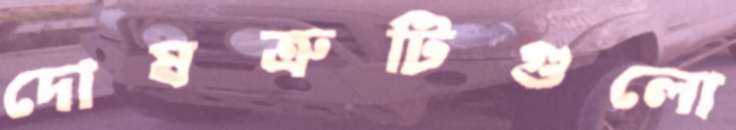
দোষত্রুটিগুলো